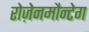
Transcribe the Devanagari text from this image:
रोज़ेनमौन्टेग